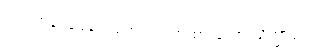
ရှင်ရဟန်းပြုမပေးရဟု ပညတ်ထားသော သိက္ခာပုဒ်။